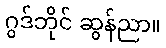
ဂွဒ်ဘိုင် ဆွန်ညာ။